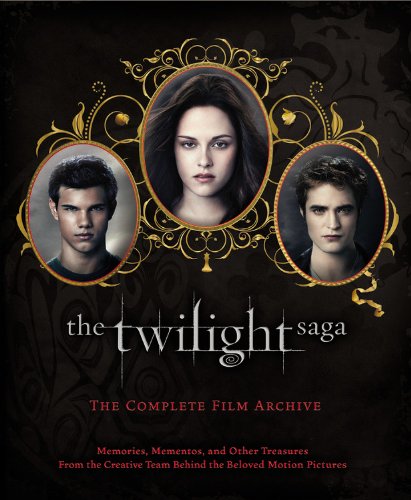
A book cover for The Twilight Saga: The Complete Film Archive: Memories, Mementos, and Other Treasures from the Creative Team Behind the Beloved Motion Pictures; Robert Abele; Teen & Young Adult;